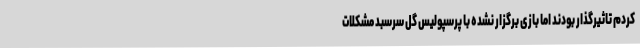
کردم تاثیرگذار بودند اما بازی برگزار نشده با پرسپولیس گل سرسبد مشکلات